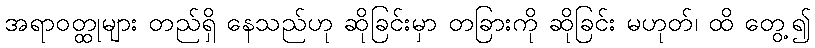
အရာဝတ္ထုများ တည်ရှိ နေသည်ဟု ဆိုခြင်းမှာ တခြားကို ဆိုခြင်း မဟုတ်၊ ထိ တွေ့၍